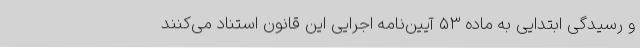
و رسیدگی ابتدایی به ماده ۵۳ آیین‌نامه اجرایی این قانون استناد می‌کنند